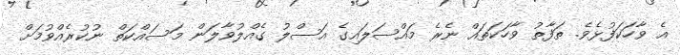
އެ ވާހަކަފުޅެވެ. ތަފާތު ވާހަކަތައް ނެރެ މައްސަލައިގެ އަސްލު ގެއްލުވާލަން މަސައްކަތް ނުކުރެއްވުމަށް